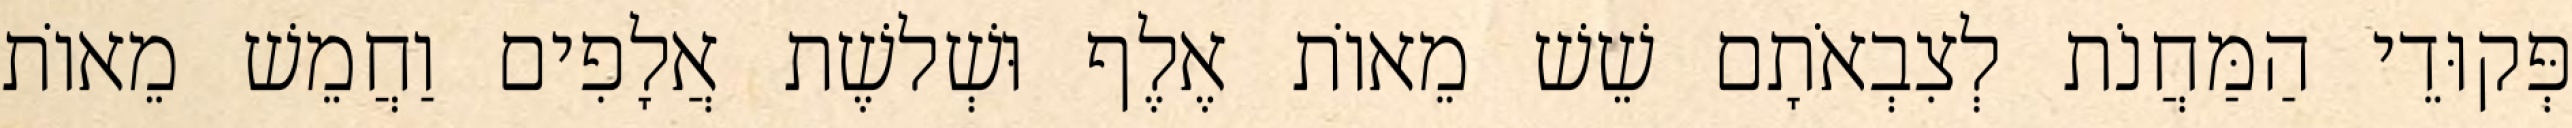
פְּקוּדֵי הַמַּחֲנֹת לְצִבְאֹתָם שֵׁשׁ מֵאוֹת אֶלֶף וּשְׁלשֶׁת אֲלָפִים וַחֲמֵשׁ מֵאוֹת